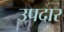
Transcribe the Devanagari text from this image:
उपदार